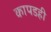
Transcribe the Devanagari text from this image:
कापडही